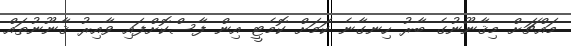
މައްޗަށް މިޤާނޫނުގެ ބާރު ހިނގާނެ ކަމަށް ކޮމެޓީ އިން ފާސްކޮށްފައި ވާއިރު ޤާނޫނުތައް